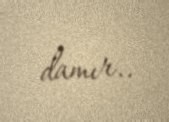
damır..